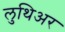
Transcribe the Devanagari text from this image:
लुथिअर